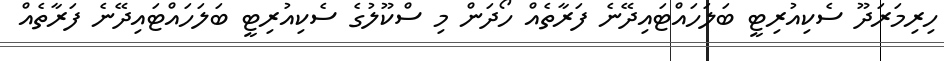
ހިރިމަރަދޫ ސެކިއުރިޓީ ބަލަހައްޓައިދޭނެ ފަރާތެއް ހޯދަން މި ސްކޫލުގެ ސެކިއުރިޓީ ބަލަހައްޓައިދޭނެ ފަރާތެއް